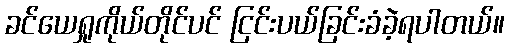
ခင်ယေရှုကိုယ်တိုင်ပင် ငြင်းပယ်ခြင်းခံခဲ့ရပါတယ်။